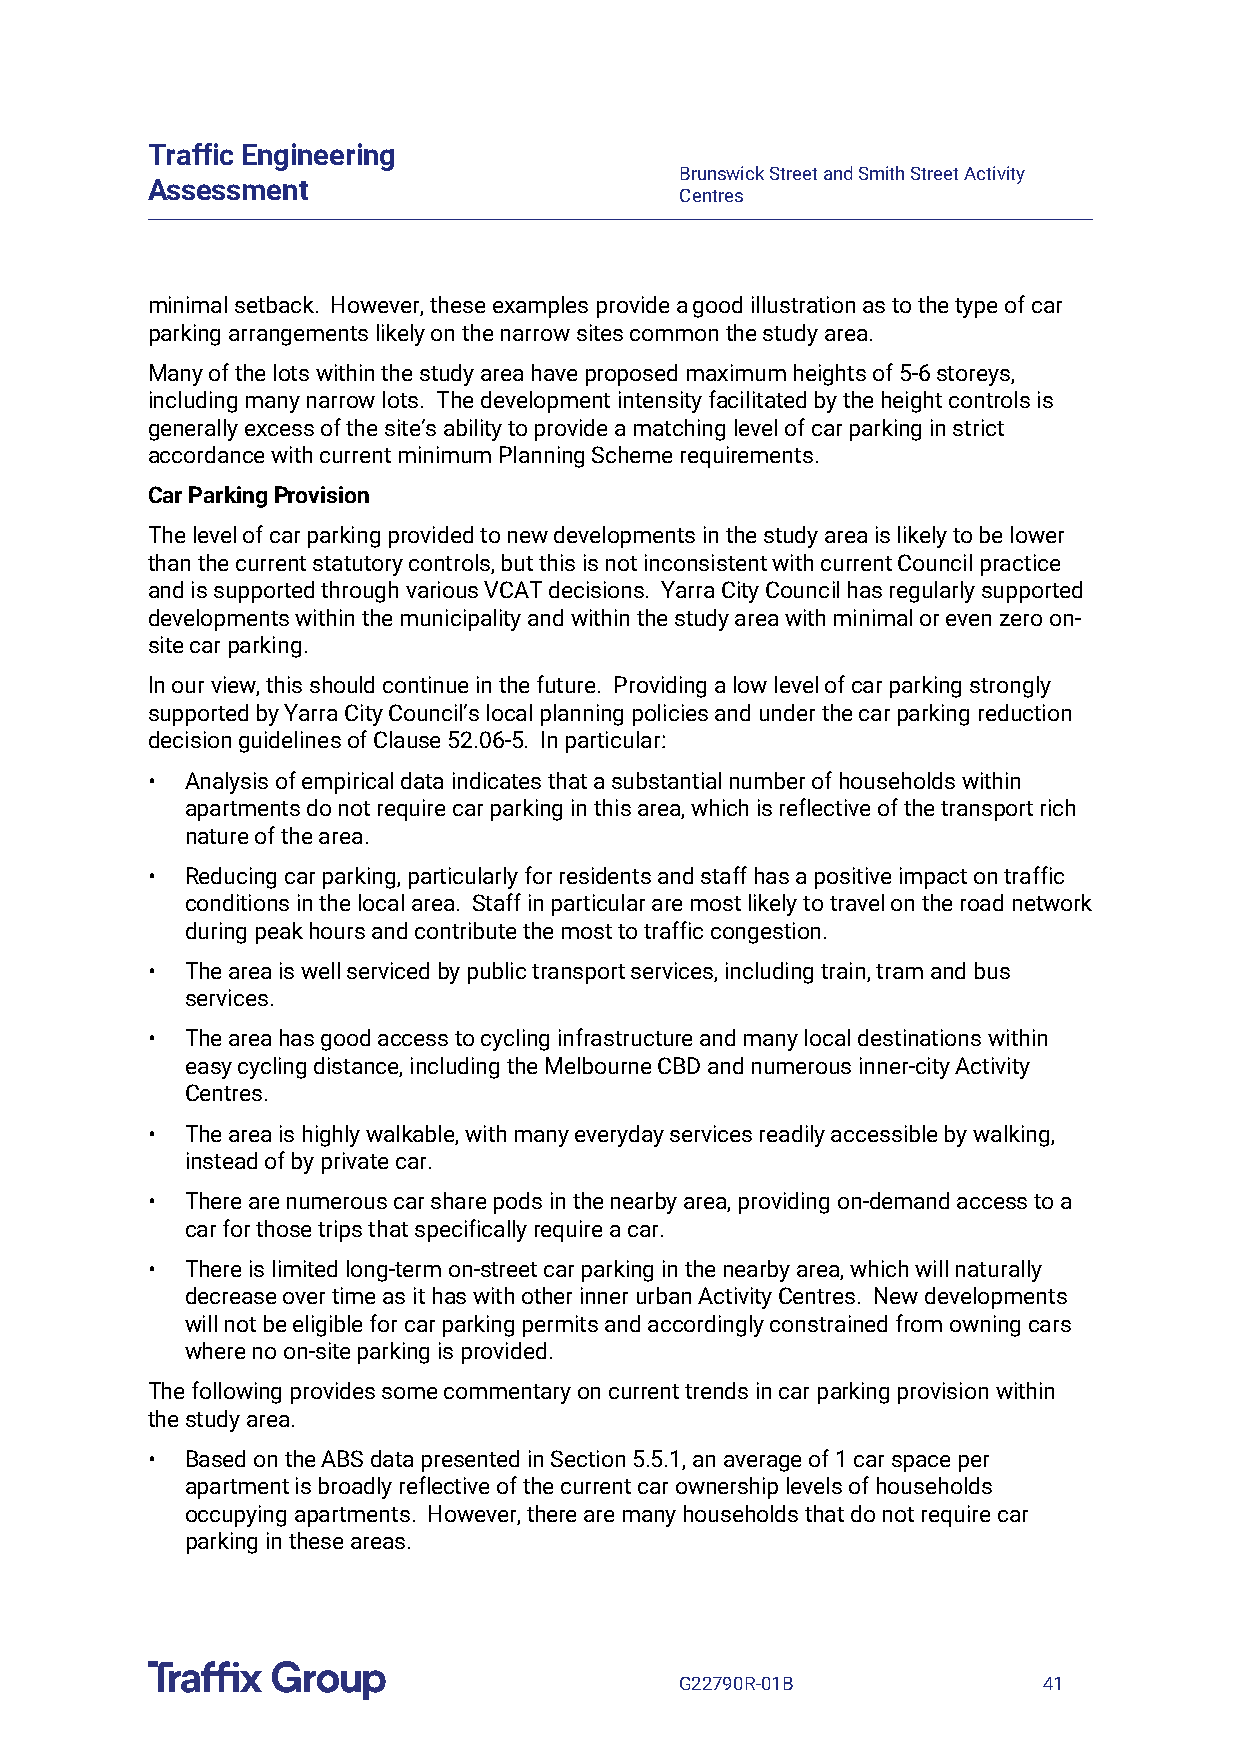
Traffic Engineering
 Brunswick Street and Smith Street Activity
 Assessment
 Centres
 minimal setback. However, these examples provide a good illustration as to the type of car
 parking arrangements likely on the narrow sites common the study area.
 Many of the lots within the study area have proposed maximum heights of 5-6 storeys,
 including many narrow lots. The development intensity facilitated by the height controls is
 generally excess of the site’s ability to provide a matching level of car parking in strict
 accordance with current minimum Planning Scheme requirements.
 Car Parking Provision
 The level of car parking provided to new developments in the study area is likely to be lower
 than the current statutory controls, but this is not inconsistent with current Council practice
 and is supported through various VCAT decisions. Yarra City Council has regularly supported
 developments within the municipality and within the study area with minimal or even zero on-
 site car parking.
 In our view, this should continue in the future. Providing a low level of car parking strongly
 supported by Yarra City Council’s local planning policies and under the car parking reduction
 decision guidelines of Clause 52.06-5. In particular:
 • Analysis of empirical data indicates that a substantial number of households within
 apartments do not require car parking in this area, which is reflective of the transport rich
 nature of the area.
 • Reducing car parking, particularly for residents and staff has a positive impact on traffic
 conditions in the local area. Staff in particular are most likely to travel on the road network
 during peak hours and contribute the most to traffic congestion.
 • The area is well serviced by public transport services, including train, tram and bus
 services.
 • The area has good access to cycling infrastructure and many local destinations within
 easy cycling distance, including the Melbourne CBD and numerous inner-city Activity
 Centres.
 • The area is highly walkable, with many everyday services readily accessible by walking,
 instead of by private car.
 • There are numerous car share pods in the nearby area, providing on-demand access to a
 car for those trips that specifically require a car.
 • There is limited long-term on-street car parking in the nearby area, which will naturally
 decrease over time as it has with other inner urban Activity Centres. New developments
 will not be eligible for car parking permits and accordingly constrained from owning cars
 where no on-site parking is provided.
 The following provides some commentary on current trends in car parking provision within
 the study area.
 • Based on the ABS data presented in Section 5.5.1, an average of 1 car space per
 apartment is broadly reflective of the current car ownership levels of households
 occupying apartments. However, there are many households that do not require car
 parking in these areas.
 G22790R-01B             41